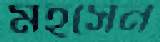
মহসেন